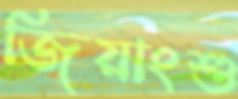
জিয়াংশু